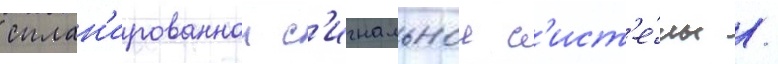
сплан'ированнои с'игнальнои с'ист'е́мы /